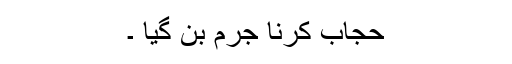
حجاب کرنا جرم بن گیا ۔